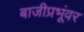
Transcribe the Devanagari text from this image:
बाजीप्रभूंवर